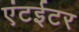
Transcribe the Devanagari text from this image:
एंटईटर